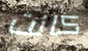
كانت